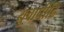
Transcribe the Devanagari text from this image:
युवापीढि